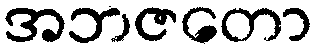
အဘဇတော